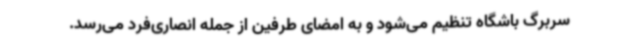
سربرگ باشگاه تنظیم می‌شود و به امضای طرفین از جمله انصاری‌فرد می‌رسد.